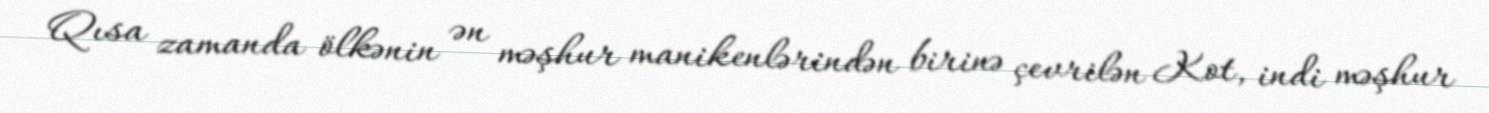
Qısa zamanda ölkənin ən məşhur manikenlərindən birinə çevrilən Kot, indi məşhur